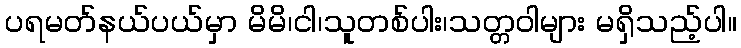
ပရမတ်နယ်ပယ်မှာ မိမိ၊ငါ၊သူတစ်ပါး၊သတ္တဝါများ မရှိသည့်ပါ။